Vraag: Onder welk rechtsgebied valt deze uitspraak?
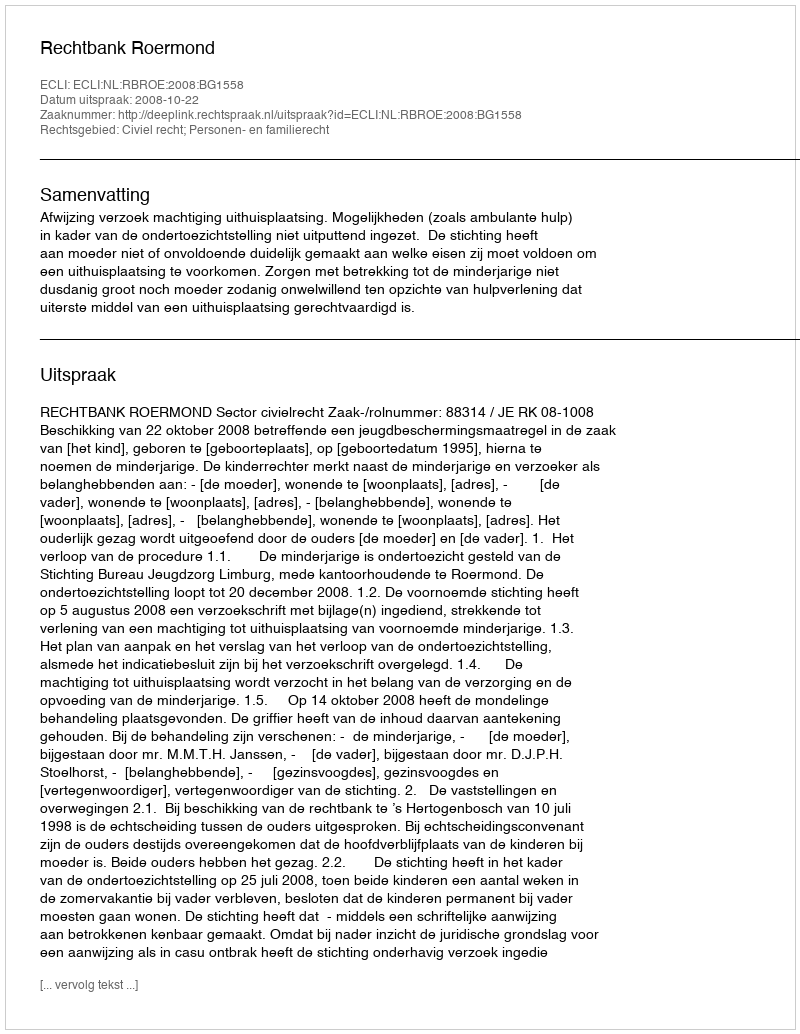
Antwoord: Civiel recht; Personen- en familierecht